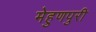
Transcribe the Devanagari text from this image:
मेहुणपुरी